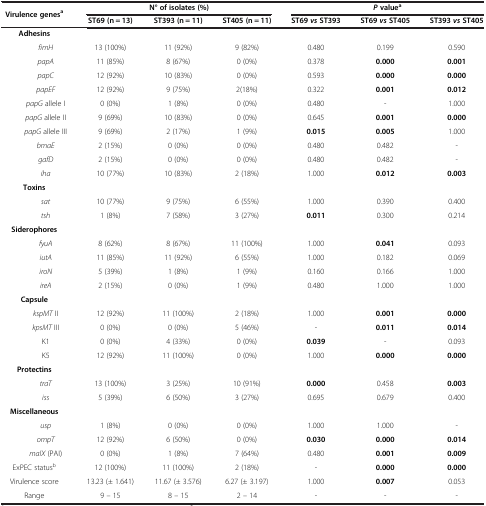
<table><thead><tr><td rowspan="2" colspan="2"><b>Virulence genes<sup>a</sup></b></td><td colspan="3"><b>N° of isolates (%)</b></td><td colspan="3"><b><i>P </i>value<sup>a</sup></b></td></tr><tr><td><b>ST69 (n = 13)</b></td><td><b>ST393 (n = 11)</b></td><td><b>ST405 (n = 11)</b></td><td><b>ST69 <i>vs </i>ST393</b></td><td><b>ST69 <i>vs </i>ST405</b></td><td><b>ST393 <i>vs </i>ST405</b></td></tr></thead><tbody><tr><td colspan="2"><b>Adhesins</b></td><td> </td><td> </td><td> </td><td> </td><td> </td><td> </td></tr><tr><td> </td><td><i>fimH</i></td><td>13 (100%)</td><td>11 (92%)</td><td>9 (82%)</td><td>0.480</td><td>0.199</td><td>0.590</td></tr><tr><td> </td><td><i>papA</i></td><td>11 (85%)</td><td>8 (67%)</td><td>0 (0%)</td><td>0.378</td><td><b>0.000</b></td><td><b>0.001</b></td></tr><tr><td> </td><td><i>papC</i></td><td>12 (92%)</td><td>10 (83%)</td><td>0 (0%)</td><td>0.593</td><td><b>0.000</b></td><td><b>0.000</b></td></tr><tr><td> </td><td><i>papEF</i></td><td>12 (92%)</td><td>9 (75%)</td><td>2(18%)</td><td>0.322</td><td><b>0.001</b></td><td><b>0.012</b></td></tr><tr><td> </td><td><i>papG</i> allele I</td><td>0 (0%)</td><td>1 (8%)</td><td>0 (0%)</td><td>0.480</td><td>-</td><td>1.000</td></tr><tr><td> </td><td><i>papG</i> allele II</td><td>9 (69%)</td><td>10 (83%)</td><td>0 (0%)</td><td>0.645</td><td><b>0.001</b></td><td><b>0.000</b></td></tr><tr><td> </td><td><i>papG</i> allele III</td><td>9 (69%)</td><td>2 (17%)</td><td>1 (9%)</td><td><b>0.015</b></td><td><b>0.005</b></td><td>1.000</td></tr><tr><td> </td><td><i>bmaE</i></td><td>2 (15%)</td><td>0 (0%)</td><td>0 (0%)</td><td>0.480</td><td>0.482</td><td>-</td></tr><tr><td> </td><td><i>gafD</i></td><td>2 (15%)</td><td>0 (0%)</td><td>0 (0%)</td><td>0.480</td><td>0.482</td><td>-</td></tr><tr><td> </td><td><i>iha</i></td><td>10 (77%)</td><td>10 (83%)</td><td>2 (18%)</td><td>1.000</td><td><b>0.012</b></td><td><b>0.003</b></td></tr><tr><td colspan="2"><b>Toxins</b></td><td> </td><td> </td><td> </td><td> </td><td> </td><td> </td></tr><tr><td> </td><td><i>sat</i></td><td>10 (77%)</td><td>9 (75%)</td><td>6 (55%)</td><td>1.000</td><td>0.390</td><td>0.400</td></tr><tr><td> </td><td><i>tsh</i></td><td>1 (8%)</td><td>7 (58%)</td><td>3 (27%)</td><td><b>0.011</b></td><td>0.300</td><td>0.214</td></tr><tr><td colspan="2"><b>Siderophores</b></td><td> </td><td> </td><td> </td><td> </td><td> </td><td> </td></tr><tr><td> </td><td><i>fyuA</i></td><td>8 (62%)</td><td>8 (67%)</td><td>11 (100%)</td><td>1.000</td><td><b>0.041</b></td><td>0.093</td></tr><tr><td> </td><td><i>iutA</i></td><td>11 (85%)</td><td>11 (92%)</td><td>6 (55%)</td><td>1.000</td><td>0.182</td><td>0.069</td></tr><tr><td> </td><td><i>iroN</i></td><td>5 (39%)</td><td>1 (8%)</td><td>1 (9%)</td><td>0.160</td><td>0.166</td><td>1.000</td></tr><tr><td> </td><td><i>ireA</i></td><td>2 (15%)</td><td>0 (0%)</td><td>1 (9%)</td><td>0.480</td><td>1.000</td><td>1.000</td></tr><tr><td colspan="2"><b>Capsule</b></td><td> </td><td> </td><td> </td><td> </td><td> </td><td> </td></tr><tr><td> </td><td><i>kspMT</i> II</td><td>12 (92%)</td><td>11 (100%)</td><td>2 (18%)</td><td>1.000</td><td><b>0.001</b></td><td><b>0.000</b></td></tr><tr><td> </td><td><i>kpsMT</i> III</td><td>0 (0%)</td><td>0 (0%)</td><td>5 (46%)</td><td>-</td><td><b>0.011</b></td><td><b>0.014</b></td></tr><tr><td> </td><td>K1</td><td>0 (0%)</td><td>4 (33%)</td><td>0 (0%)</td><td><b>0.039</b></td><td>-</td><td>0.093</td></tr><tr><td> </td><td>K5</td><td>12 (92%)</td><td>11 (100%)</td><td>0 (0%)</td><td>1.000</td><td><b>0.000</b></td><td><b>0.000</b></td></tr><tr><td colspan="2"><b>Protectins</b></td><td> </td><td> </td><td> </td><td> </td><td> </td><td> </td></tr><tr><td> </td><td><i>traT</i></td><td>13 (100%)</td><td>3 (25%)</td><td>10 (91%)</td><td><b>0.000</b></td><td>0.458</td><td><b>0.003</b></td></tr><tr><td> </td><td><i>iss</i></td><td>5 (39%)</td><td>6 (50%)</td><td>3 (27%)</td><td>0.695</td><td>0.679</td><td>0.400</td></tr><tr><td colspan="2"><b>Miscellaneous</b></td><td> </td><td> </td><td> </td><td> </td><td> </td><td> </td></tr><tr><td> </td><td><i>usp</i></td><td>1 (8%)</td><td>0 (0%)</td><td>0 (0%)</td><td>1.000</td><td>1.000</td><td>-</td></tr><tr><td> </td><td><i>ompT</i></td><td>12 (92%)</td><td>6 (50%)</td><td>0 (0%)</td><td><b>0.030</b></td><td><b>0.000</b></td><td><b>0.014</b></td></tr><tr><td> </td><td><i>malX</i> (PAI)</td><td>0 (0%)</td><td>1 (8%)</td><td>7 (64%)</td><td>0.480</td><td><b>0.001</b></td><td><b>0.009</b></td></tr><tr><td colspan="2">ExPEC status<sup>b</sup></td><td>12 (100%)</td><td>11 (100%)</td><td>2 (18%)</td><td>-</td><td><b>0.000</b></td><td><b>0.000</b></td></tr><tr><td colspan="2">Virulence score</td><td>13.23 (± 1.641)</td><td>11.67 (± 3.576)</td><td>6.27 (± 3.197)</td><td>1.000</td><td><b>0.007</b></td><td>0.053</td></tr><tr><td colspan="2">Range</td><td>9 – 15</td><td>8 – 15</td><td>2 – 14</td><td>-</td><td>-</td><td>-</td></tr></tbody></table>